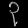
Digit: ၃